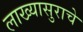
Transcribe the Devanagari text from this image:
लाख्यासुराचे